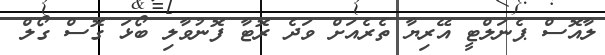
ލާއޮސް ޕެނަލްޓީ އޭރިޔާ ތެރެއަށް ވަދެ ރޮޓާ ފޮނުވާލި ބޯޅަ ގޮސް ގޯލް